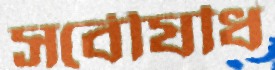
সর্বৌষধি